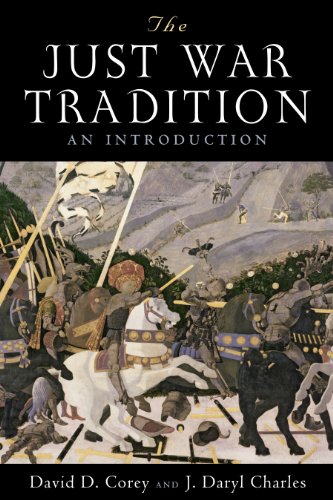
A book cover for The Just War Tradition: An Introduction (American Ideals and Institutions); David D. Corey; History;